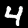
Label: 4